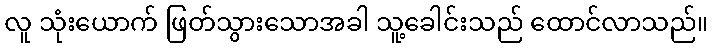
လူ သုံးယောက် ဖြတ်သွားသောအခါ သူ့ခေါင်းသည် ထောင်လာသည်။